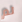
لم